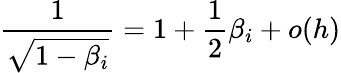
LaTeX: \frac{1}{\sqrt{1-\beta_{i}}}=1+\frac{1}{2}\beta_{i}+o(h)